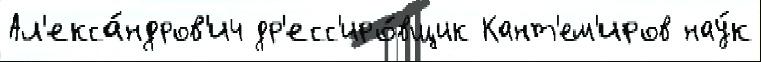
Ал'екса́ндров'ич др'есс'иро́вщик Кант'ем'иров нау́к